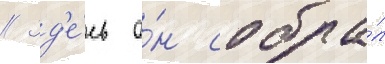
// Зд'е́сь о́н собра́л